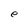
Character: e